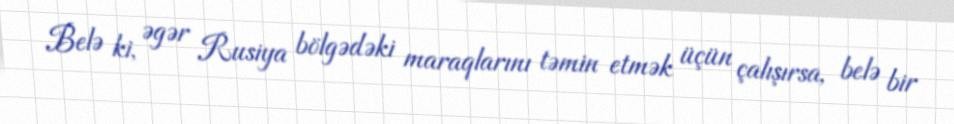
Belə ki, əgər Rusiya bölgədəki maraqlarını təmin etmək üçün çalışırsa, belə bir